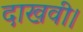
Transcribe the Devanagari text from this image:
दाखवी।